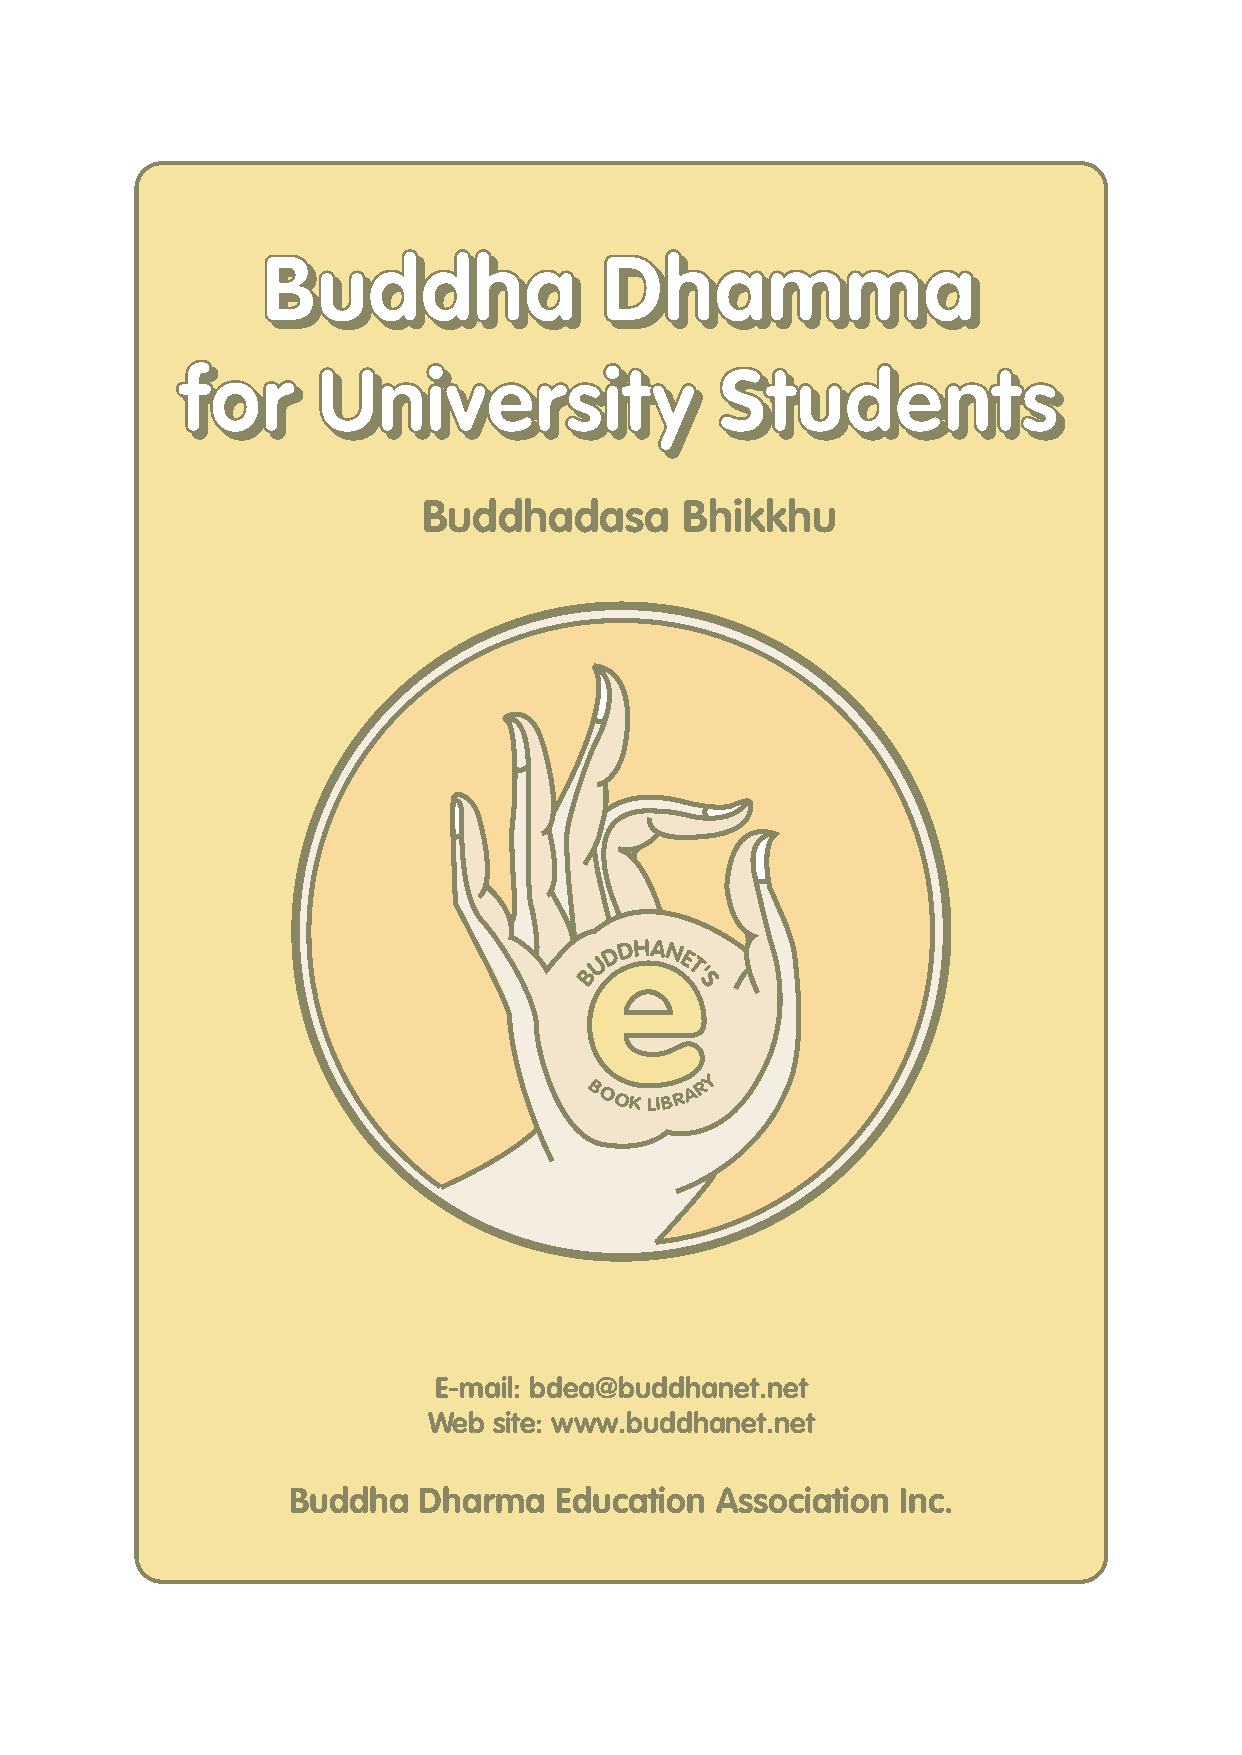
Buddha                 Dhamma
 Buddha                Dhamma
 f fo or r U Un ni iv ve er rs si it ty y S St tu ud de en nt ts s
 Buddhadasa       Bhikkhu
 e
 D
 DHAN
 U     E
 B     T'
 S
 Y
 B OOKLIBR A R
 E-mail: bdea@buddhanet.net
 Web  site: www.buddhanet.net
 Buddha   Dharma   Education Association  Inc.